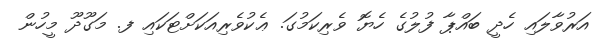
އަރުވާލައި ހެދީ ބައްޕާ ފުލުގެ ހެޔޮ ވެރިކަމުގަ. ޢެކުވެރިއަކަށްޓަކައި ފ. މަގޫދޫ މީހުން